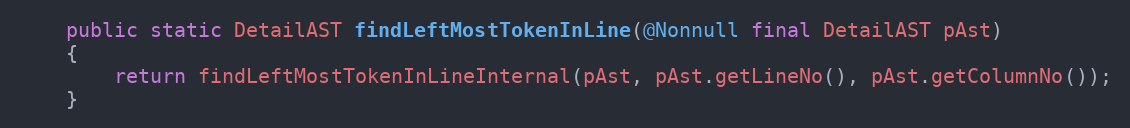
Language: Java
    public static DetailAST findLeftMostTokenInLine(@Nonnull final DetailAST pAst)
    {
        return findLeftMostTokenInLineInternal(pAst, pAst.getLineNo(), pAst.getColumnNo());
    }